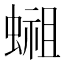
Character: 𬠢